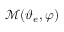
\mathcal { M } ( \boldsymbol { \vartheta } _ { e } , \boldsymbol { \varphi } )